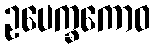
ဥပေက္ခကောဝ